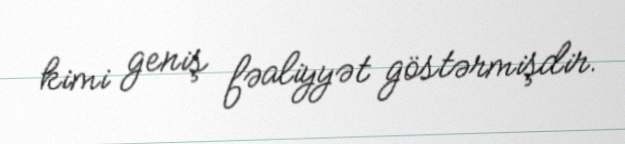
kimi geniş fəaliyyət göstərmişdir.